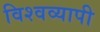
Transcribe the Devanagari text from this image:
विश्‍वव्यापी